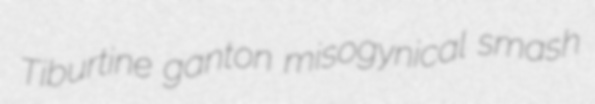
Tiburtine ganton misogynical smash